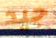
جيد